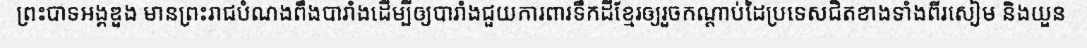
ព្រះបាទអង្គឌួង មានព្រះរាជបំណងពឹងបារាំងដើម្បីឲ្យបារាំងជួយការពារទឹកដីខ្មែរឲ្យរួចកណ្តាប់ដៃប្រទេសជិតខាងទាំងពីរសៀម និងយួន